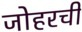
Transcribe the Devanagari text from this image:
जोहरची